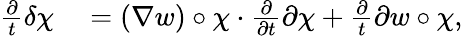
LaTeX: \begin{array}{rl}{\frac{\partial}{t}\delta\chi}&{{}=(\nabla w)\circ\chi\cdot\frac{\partial}{\partial t}{\partial\chi}+\frac{\partial}{t}{\partial w}\circ\chi,}\end{array}